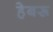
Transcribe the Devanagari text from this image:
हेबरू